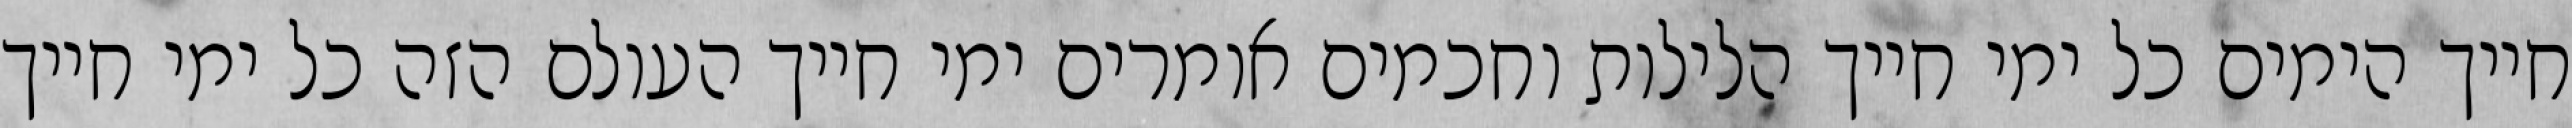
חייך הימים כל ימי חייך הלילות וחכמים אומרים ימי חייך העולם הזה כל ימי חייך